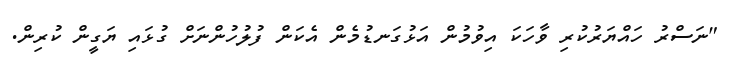
"ނަސްރު ހައްޔަރުކުރި ވާހަކަ އިވުމުން އަޅުގަނޑުމެން އެކަން ފުލުހުންނަށް ގުޅައި ޔަގީން ކުރިން.